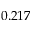
0 . 2 1 7